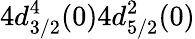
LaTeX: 4d_{3/2}^{4}(0)4d_{5/2}^{2}(0)